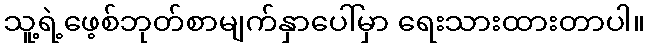
သူ့ရဲ့ဖေ့စ်ဘုတ်စာမျက်နှာပေါ်မှာ ရေးသားထားတာပါ။